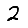
Digit: 2